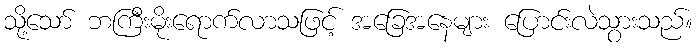
သို့သော် ဘကြီးမိုးရောက်လာသဖြင့် အခြေအနေများ ပြောင်းလဲသွားသည်။